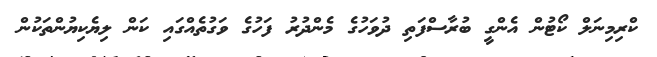
ކްރިމިނަލް ކޯޓުން އެންގީ ބުރާސްފަތި ދުވަހުގެ މެންދުރު ފަހުގެ ވަގުތެއްގައި ކަން ލިޔެކިޔުންތަކުން